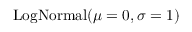
\mathrm { L o g N o r m a l } ( \mu = 0 , \sigma = 1 )